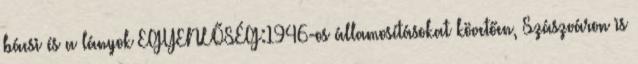
bácsi és a lányok EGYENLŐSÉG:1946-os államosításokat követően, Szászváron is